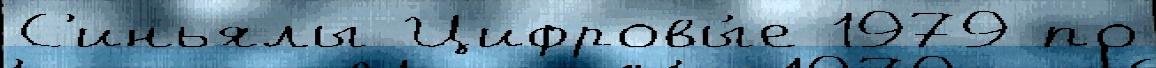
С'иньялы Цифровы́е 1979 по